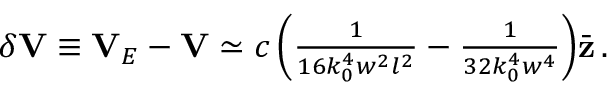
\begin{array} { r } { \delta { \bf V } \equiv { \bf V } _ { E } - { \bf V } \simeq c \left( \frac { 1 } { 1 6 k _ { 0 } ^ { 4 } w ^ { 2 } l ^ { 2 } } - \frac { 1 } { 3 2 k _ { 0 } ^ { 4 } w ^ { 4 } } \right) \! \bar { \bf z } \, . } \end{array}